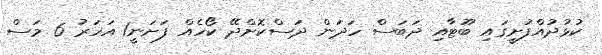
ކުޅުދުއްފުށީގައި ބޫޓާއި ދަބަސް ހަދަން ދަސްކޮށްދޭ ކޯހެއް ފަށަނީ1 އަހަރު 6 މަސް